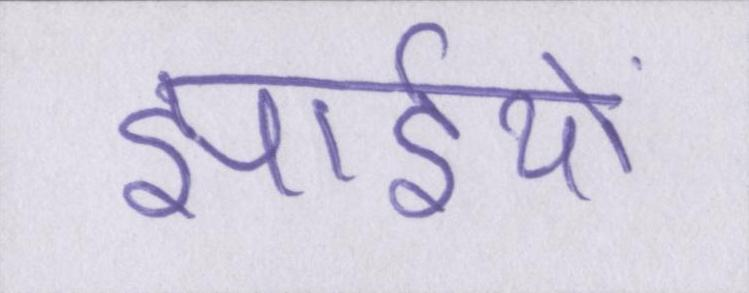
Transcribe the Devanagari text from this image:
झाईयों